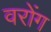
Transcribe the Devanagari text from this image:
वरोंग